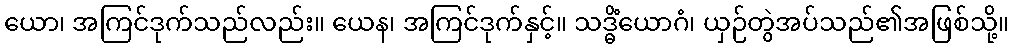
ယော၊ အကြင်ဒုက်သည်လည်း။ ယေန၊ အကြင်ဒုက်နှင့်။ သဒ္ဓိံယောဂံ၊ ယှဉ်တွဲအပ်သည်၏အဖြစ်သို့။